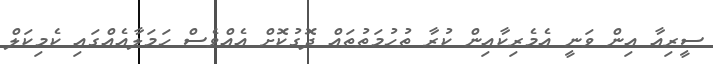
ސީރިއާ އިން ވަނީ އެމެރިކާއިން ކުރާ ތުހުމަތުތައް ދޮގުކޮށް އެއްވެސް ހަމަލާއެއްގައި ކެމިކަލް